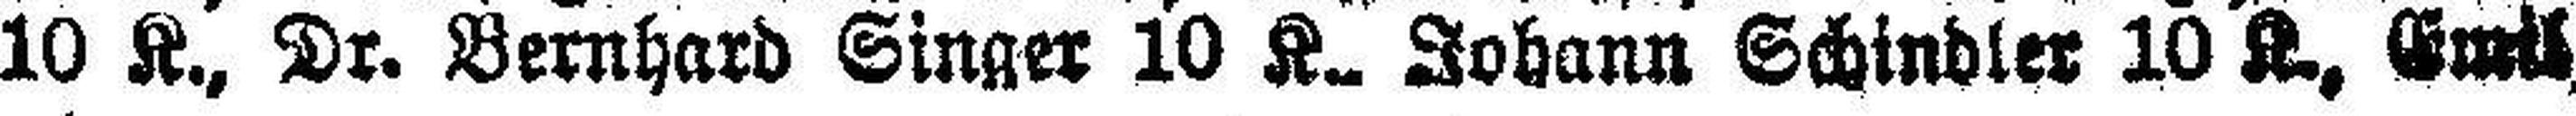
10 K., Dr. Bernhard Singer 10 K., Johann Schindler 10 K., Emil